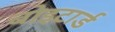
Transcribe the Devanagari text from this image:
बोइटार्ड